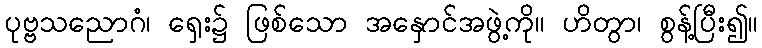
ပုဗ္ဗသညောဂံ၊ ရှေး၌ ဖြစ်သော အနှောင်အဖွဲ့ကို။ ဟိတွာ၊ စွန့်ပြီး၍။